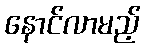
နောင်လာမည့်